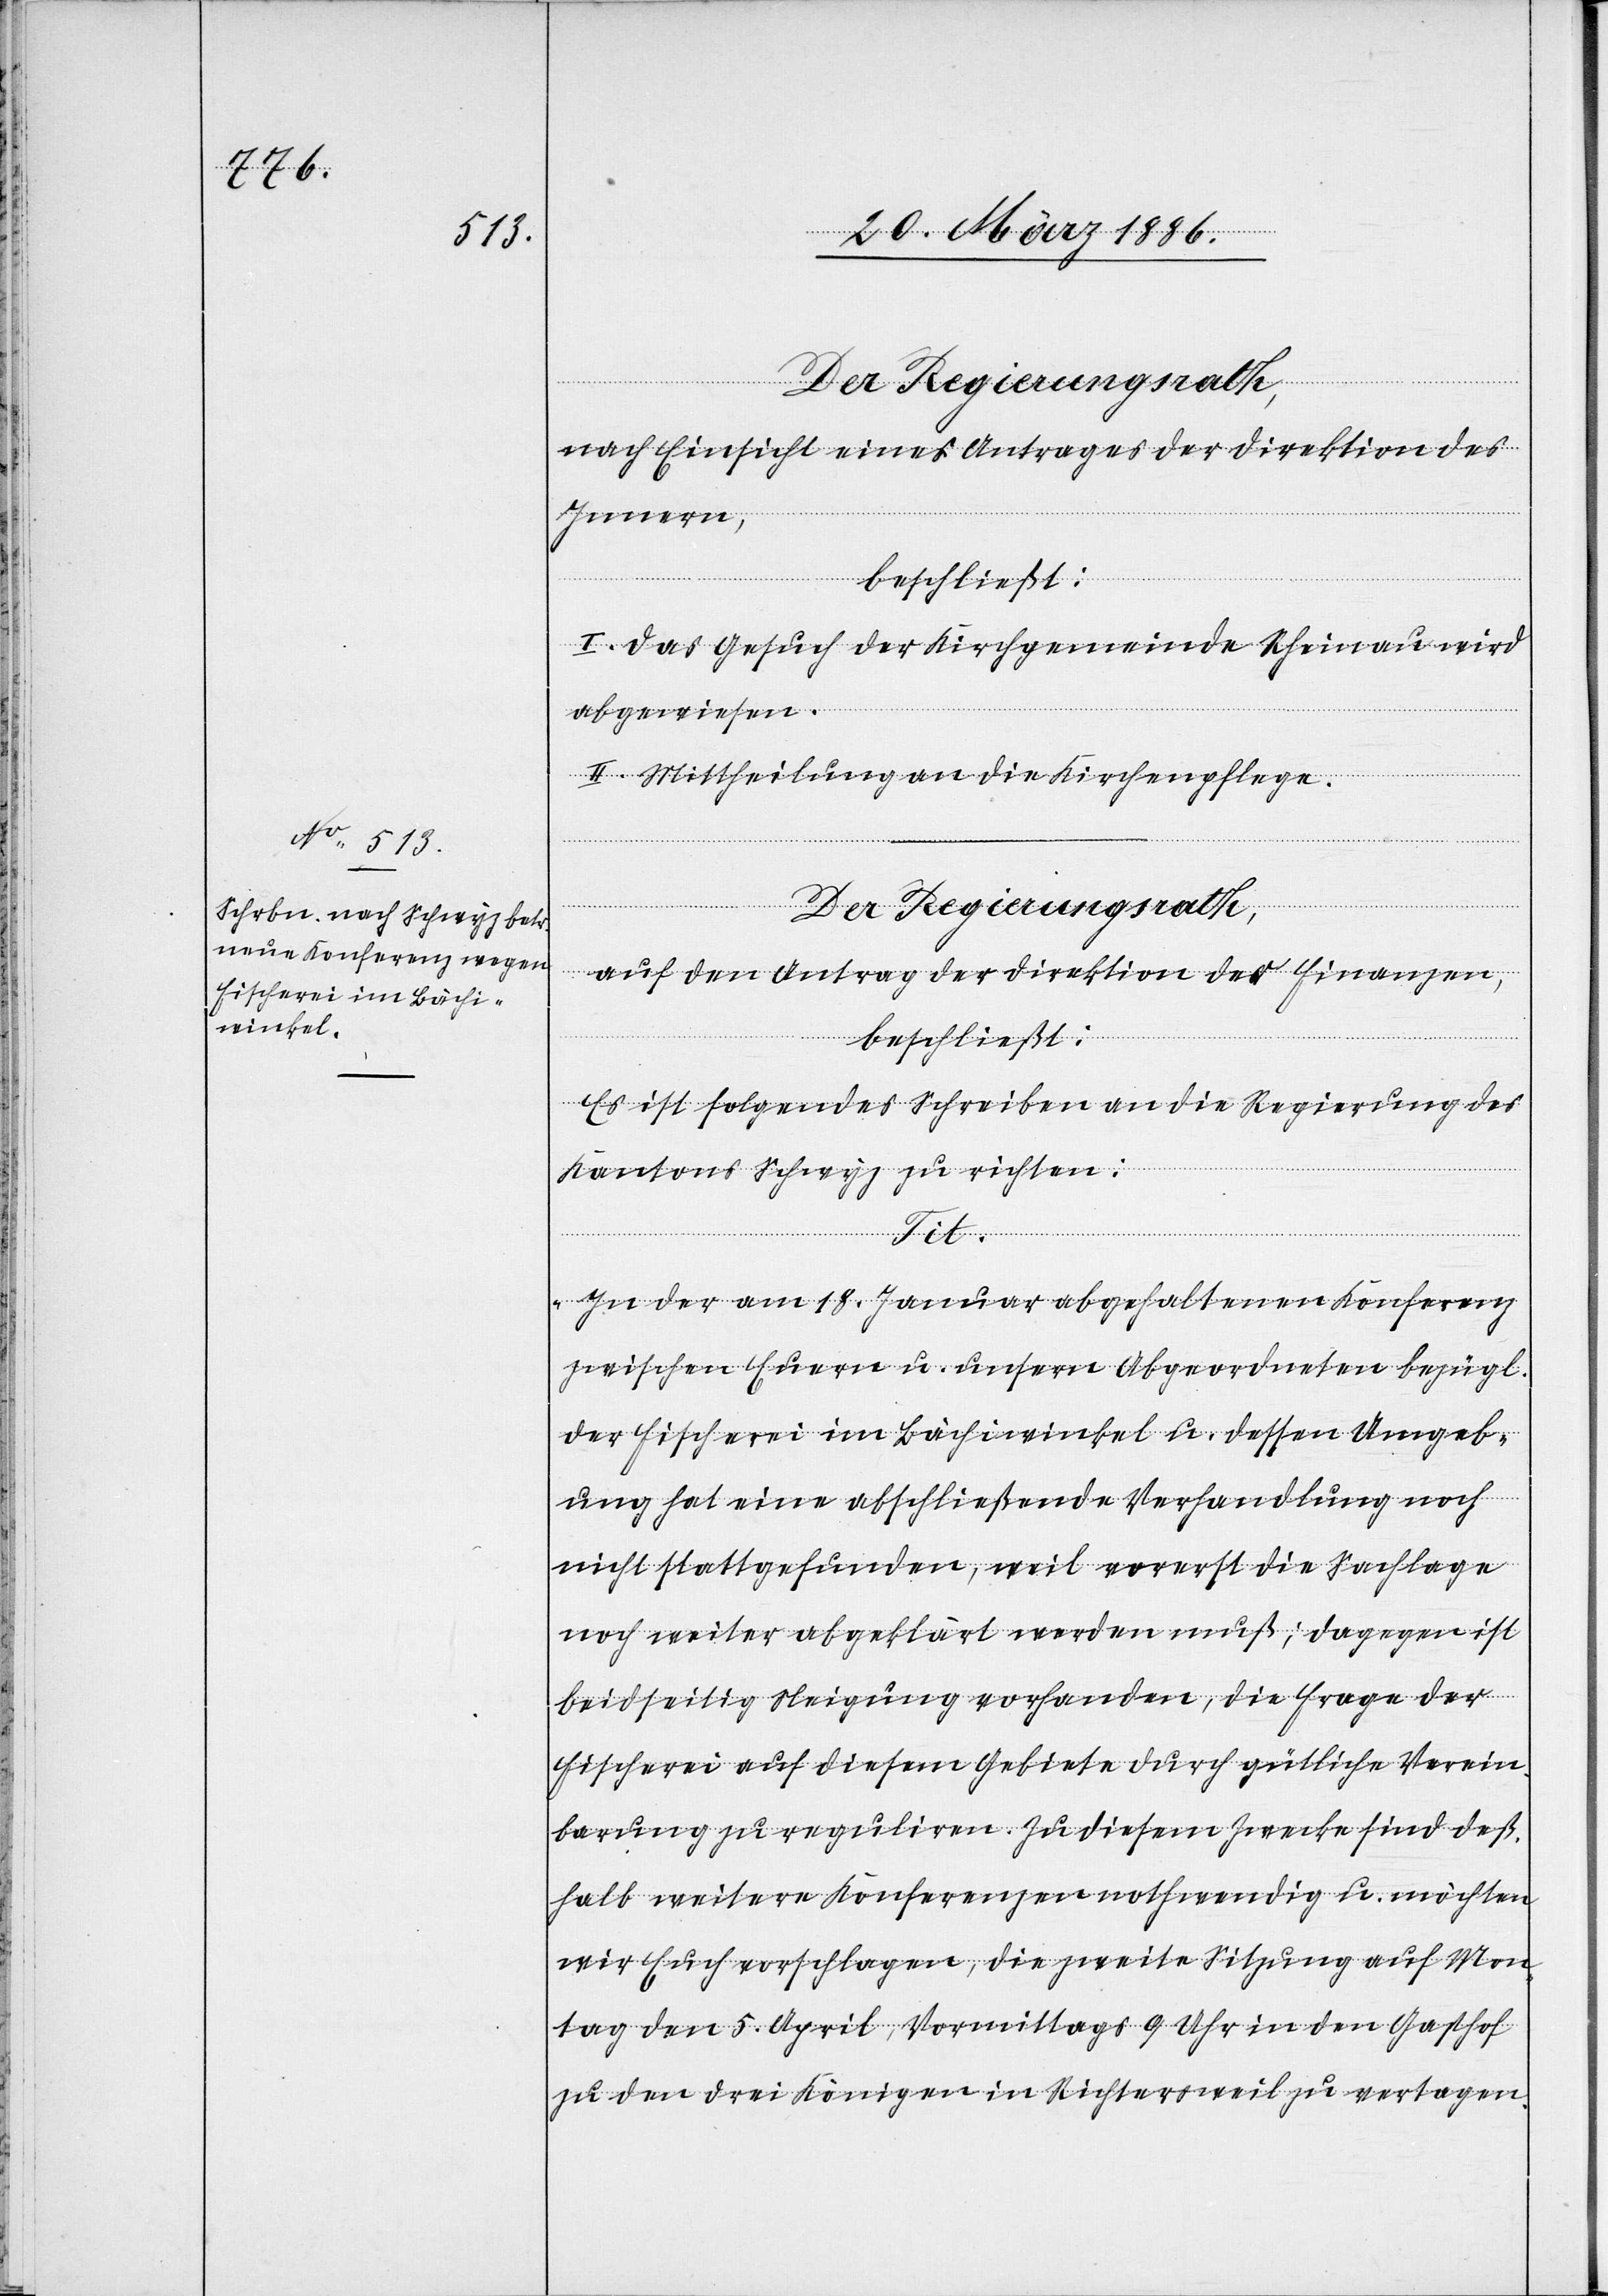
Der Regierungsrath.
nach Einsicht eines Antrages der Direktion des
Innern,
beschließt:
I. Das Gesuch der Kirchgemeinde Rheinau wird
abgewiesen.
II. Mittheilung an die Kirchenpflege.
Der Regierungsrath,
auf den Antrag der Direktion der Finanzen,
beschließt:
Es ist folgendes Schreiben an die Regierung des
Kantons Schwyz zu richten:
Tit.
„In der am 18. Januar abgehaltenen Konferenz
zwischen Euern u. unsern Abgeordneten bezügl.
der Fischerei im Bächiwinkel u. dessen Umgeb¬
ung hat eine abschließende Verhandlung noch
nicht stattgefunden, weil vorerst die Sachlage
noch weiter abgeklärt werden muß; dagegen ist
beidseitig Neigung vorhanden, die Frage der
Fischerei auf diesem Gebiete durch gütliche Verein¬
barung zu reguliren. Zu diesem Zwecke sind deß¬
halb weitere Konferenzen nothwendig u. möchten
wir Euch vorschlagen, die zweite Sitzung auf Mon¬
tag den 5. April, Vormittags 9 Uhr in den Gasthof
zu den drei Königen in Richtersweil zu vertagen.